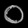
Digit: ၀